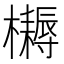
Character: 𣟪